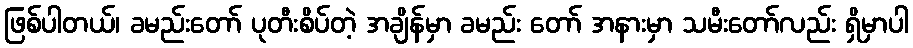
ဖြစ်ပါတယ်၊ ခမည်းတော် ပုတီးစိပ်တဲ့ အချိန်မှာ ခမည်း တော် အနားမှာ သမီးတော်လည်း ရှိမှာပါ